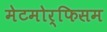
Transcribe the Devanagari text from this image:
मेटमोर्फिसम